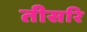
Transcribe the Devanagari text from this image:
तीसरि